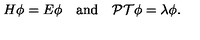
H \phi = E \phi \quad \mathrm { a n d } \quad { \cal P T } \phi = \lambda \phi .